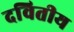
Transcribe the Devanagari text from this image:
दवितीय